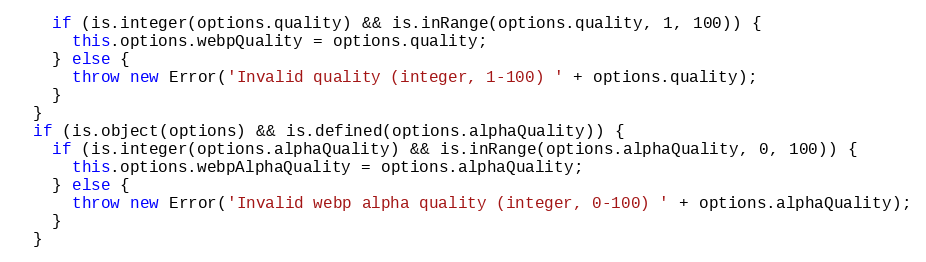
Language: JavaScript
    if (is.integer(options.quality) && is.inRange(options.quality, 1, 100)) {
      this.options.webpQuality = options.quality;
    } else {
      throw new Error('Invalid quality (integer, 1-100) ' + options.quality);
    }
  }
  if (is.object(options) && is.defined(options.alphaQuality)) {
    if (is.integer(options.alphaQuality) && is.inRange(options.alphaQuality, 0, 100)) {
      this.options.webpAlphaQuality = options.alphaQuality;
    } else {
      throw new Error('Invalid webp alpha quality (integer, 0-100) ' + options.alphaQuality);
    }
  }